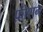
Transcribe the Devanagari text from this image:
फ़ोशन